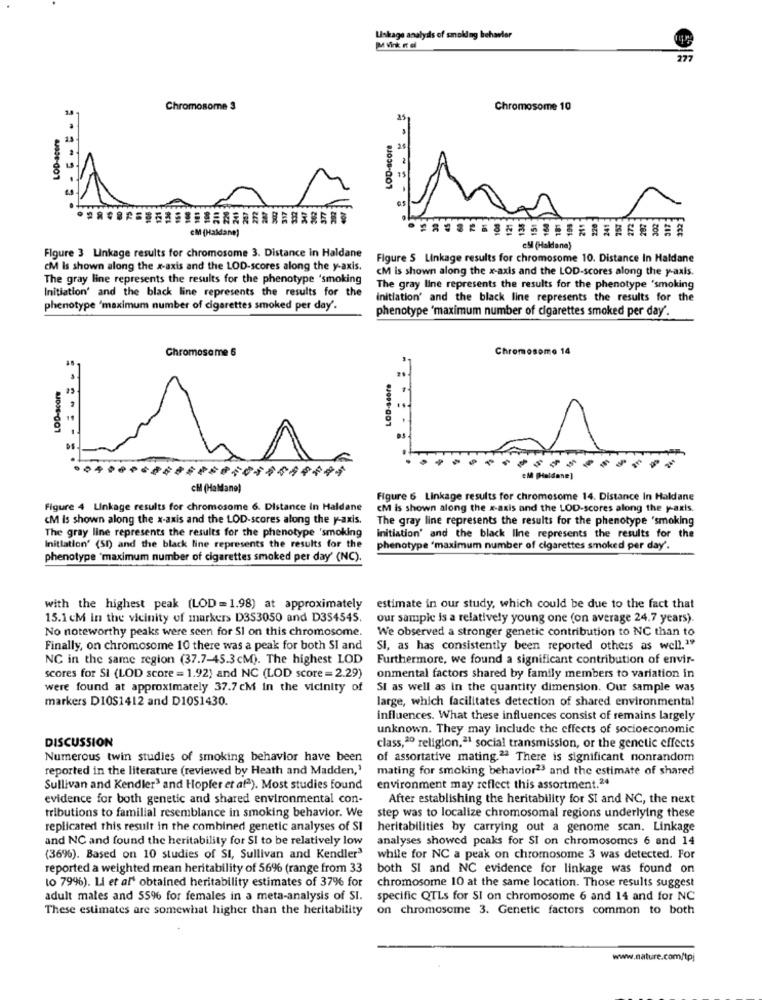
Linkage analysis of smoking behavior
Mi Vink r el
277
Chromosome 3
Chromosome 10
LOD-acer9
LOD-score
15
es
eM (Haldane)
ell (Haldane)
Figure 3 Linkage results for chromosome 3. Distance in Haldane
Figure S Linkage results for chromosome 10. Distance In Haldane
CM Is shown along the x-axis and the LOD-scores along the y-axis.
<M is shown along the x-axis and the LOD-scores along the y-axis.
The gray line represents the results for the phenotype 'smoking
Initiation' and the black line represents the results for the
The gray line represents the results for the phenotype 'smoking
initiation' and the black line represents the results for the
phenotype 'maximum number of cigarettes smoked per day'.
phenotype 'maximum number of cigarettes smoked per day.
Chromosome 6
Chromosome 14
LOD-scor
LOD-score
eM pHaldane]
CH (Haldane)
Figure 6 Linkage results for chromosome 14. Distance In Haldane
Figure 4 Linkage results for chromosome 6. Distance in Haldane
CM is shown along the x-axis and the LOD-scores along the y-axis.
CM is shown along the x-axis and the LOD-scores along the y-axis.
The gray line represents the results for the phenotype 'smoking
The gray line represents the results for the phenotype 'smoking
initiation' and the black line represents the results for the
Initiation' (SI) and the black line represents the results for the
phenotype "maximum number of cigarettes smoked per day'.
phenotype "maximum number of cigarettes smoked per day' (NC).
with the highest peak (LOD=1.98) at approximately
estimate in our study, which could be due to the fact that
15.1 cM in the vicinity of markers D3S3050 and D3S4545.
our sample is a relatively young one (on average 24.7 years).
No noteworthy peaks were seen for Si on this chromosome.
We observed a stronger genetic contribution to NC than to
Finally, on chromosome 10 there was a peak for both SI and
SI, as has consistently been reported others as well."
NC in the same region (37.7-45.3cM). The highest LOD
Furthermore, we found a significant contribution of envir-
scores for SI (LOD score = 1.92) and NC (LOD score =2.29)
onmental factors shared by family members to variation in
were found at approximately 37.7cM in the vicinity of
SI as well as in the quantity dimension. Our sample was
markers D10S1412 and D1051430.
large, which facilitates detection of shared environmental
influences. What these influences consist of remains largely
unknown. They may Include the effects of socioeconomic
DISCUSSION
class, 2º religion,21 social transmission, or the genetic effects
Numerous twin studies of smoking behavior have been
of assortative mating.2ª There is significant nonrandom
reported in the literature (reviewed by Heath and Madden,'
mating for smoking behavior23 and the estimate of shared
Sullivan and Kendler3 and Hopfer et afª). Most studies found
environment may reflect this assortment.24
evidence for both genetic and shared environmental con-
After establishing the heritability for SI and NC, the next
tributions to familial resemblance in smoking behavior. We
step was to localize chromosomal regions underlying these
replicated this result in the combined genetic analyses of SI
heritabilities by carrying out a genome scan. Linkage
and NC and found the heritability for SI to be relatively low
analyses showed peaks for SI on chromosomes 6 and 14
(36%). Based on 10 studies of SI, Sullivan and Kendler3
while for NC a peak on chromosome 3 was detected. For
reported a weighted mean heritability of 56% (range from 33
both SI and NC evidence for linkage was found on
to 79%). Li et al' obtained heritability estimates of 37% for
chromosome 10 at the same location. Those results suggest
adult males and 556 for females in a meta-analysis of SI.
specific QTLs for SI on chromosome 6 and 14 and for NC
These estimates are somewhat higher than the heritability
on chromosome 3. Genetic factors common to both
www.nature.com/tpj